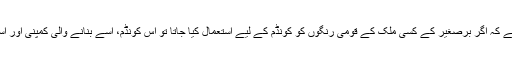
لیکن ایک سوال ضرور ذہن میں آتا ہے کہ اگر برصغیر کے کسی ملک کے قومی رنگوں کو کونڈم کے لیے استعمال کیا جاتا تو اس کونڈم، اسے بنانے والی کمپنی اور استعمال کرنے والوں کا کیا حشر ہوتا؟